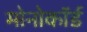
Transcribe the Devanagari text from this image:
मोनोकॉर्ड